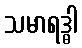
သမာရဒ္ဓါ